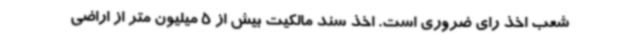
شعب اخذ رای ضروری است. اخذ سند مالکیت بیش از 5 میلیون متر از اراضی